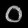
Digit: ၀